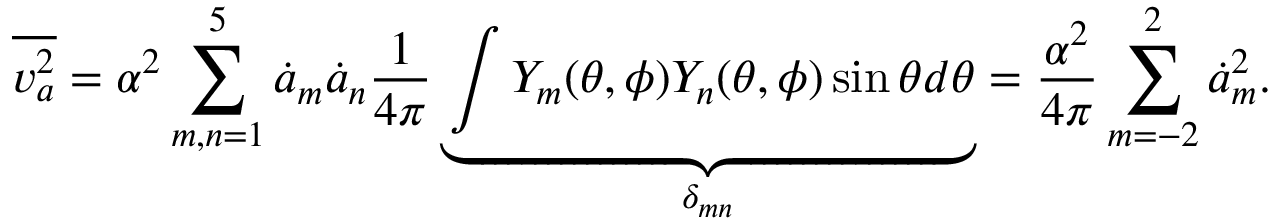
\overline { { v _ { a } ^ { 2 } } } = \alpha ^ { 2 } \sum _ { m , n = 1 } ^ { 5 } \dot { a } _ { m } \dot { a } _ { n } \frac { 1 } { 4 \pi } \underbrace { \int Y _ { m } ( \theta , \phi ) Y _ { n } ( \theta , \phi ) \sin \theta d \theta } _ { \delta _ { m n } } = \frac { \alpha ^ { 2 } } { 4 \pi } \sum _ { m = - 2 } ^ { 2 } \dot { a } _ { m } ^ { 2 } .